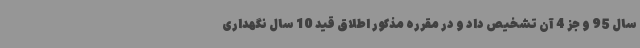
سال 95 و جز 4 آن تشخیص داد و در مقرره مذکور اطلاق قید 10 سال نگهداری